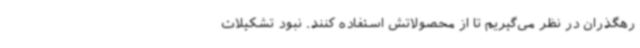
رهگذران در نظر می‌گیریم تا از محصولاتش استفاده کنند. نبود تشکیلات